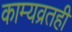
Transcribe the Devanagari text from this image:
काम्यव्रतही